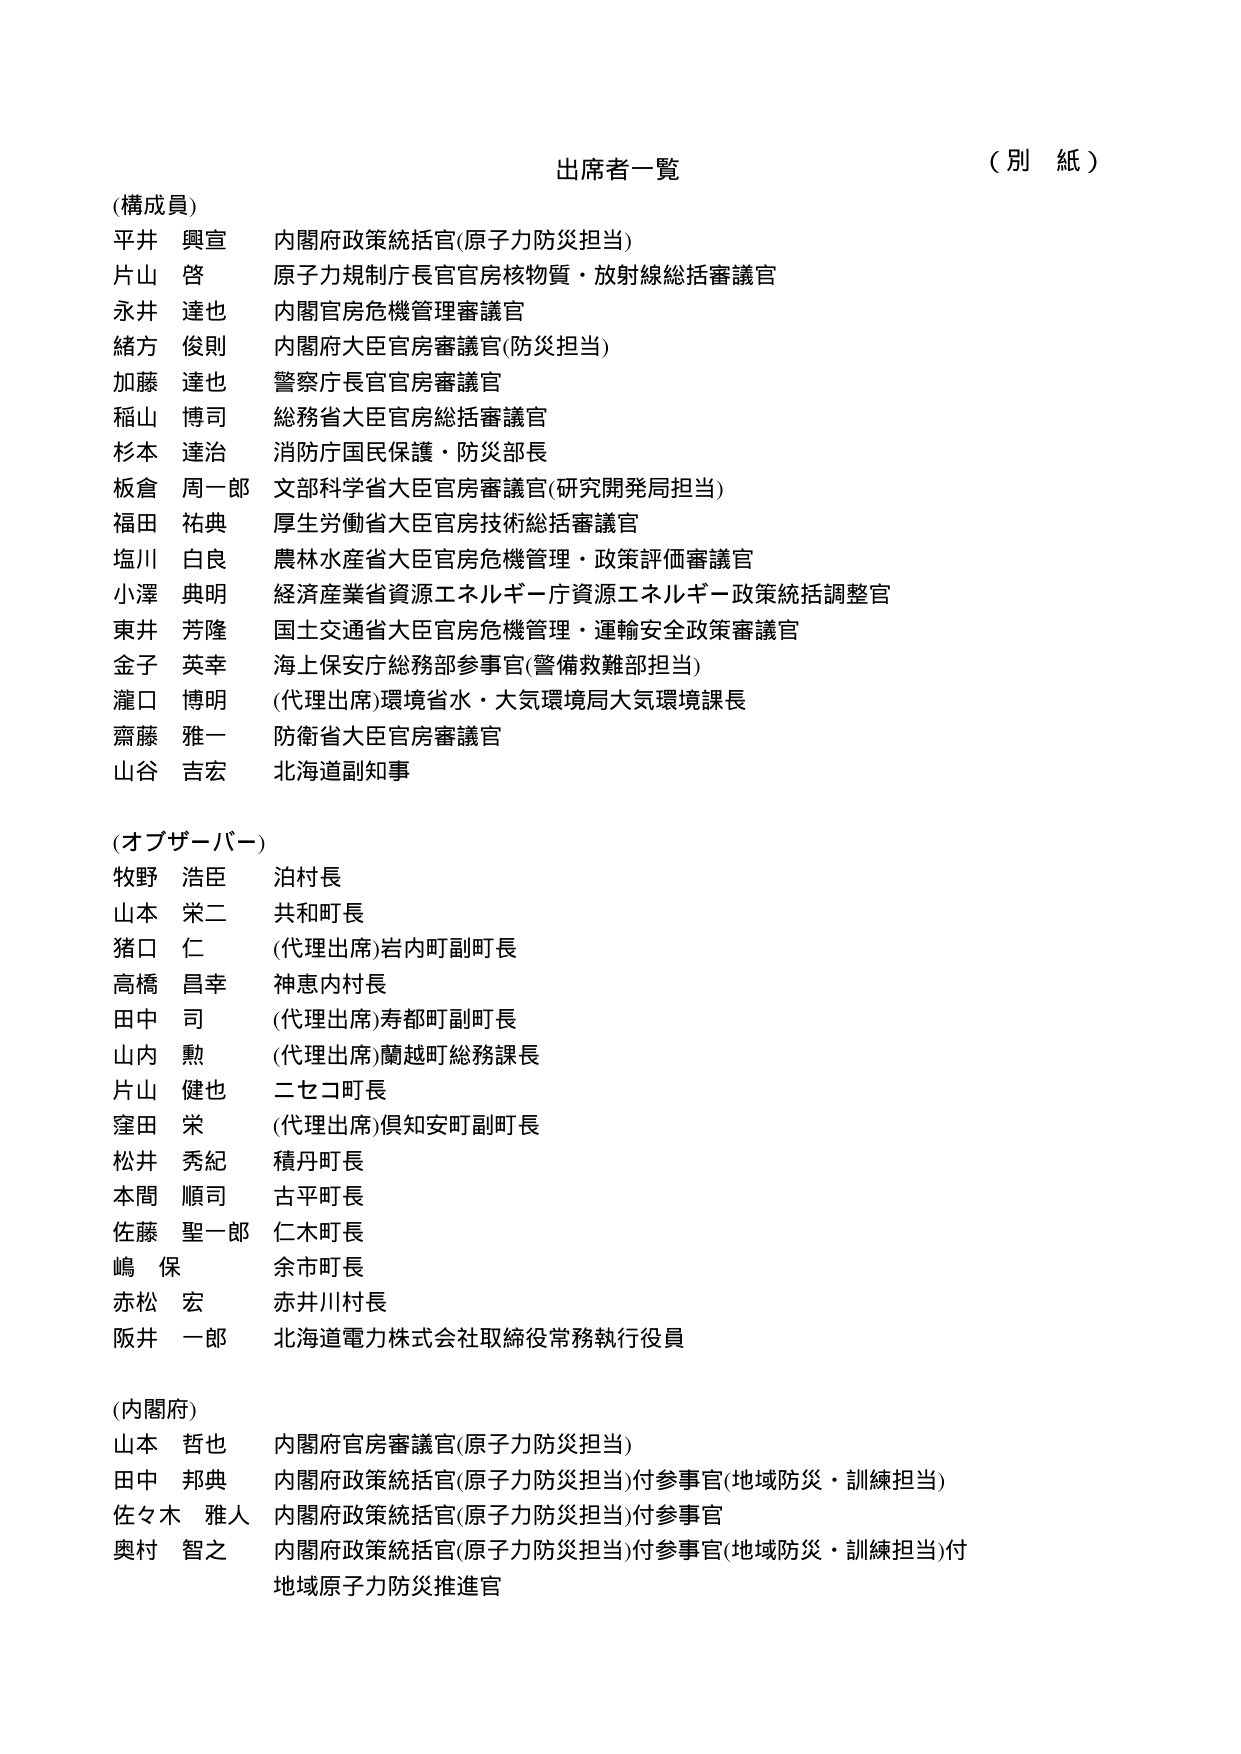
出席者一覧
（別紙）

（構成員）
平井 興宣 内閣府政策統括官(原子力防災担当)
片山 啓 原子力規制庁長官官房核物質・放射線総括審議官
永井 達也 内閣官房危機管理審議官
緒方 俊則 内閣府大臣官房審議官(防災担当)
加藤 達也 警察庁長官官房審議官
稲山 博司 総務省大臣官房総括審議官
杉本 達治 消防庁国民保護・防災部長
板倉 周一郎 文部科学省大臣官房審議官(研究開発局担当)
福田 祐典 厚生労働省大臣官房技術総括審議官
塩川 白良 農林水産省大臣官房危機管理・政策評価審議官
小澤 典明 経済産業省資源エネルギー庁資源エネルギー政策統括調整官
東井 芳隆 国土交通省大臣官房危機管理・運輸安全政策審議官
金子 英幸 海上保安庁総務部参事官(警備救難部担当)
瀧口 博明 (代理出席)環境省水・大気環境局大気環境課長
齋藤 雅一 防衛省大臣官房審議官
山谷 吉宏 北海道副知事

（オブザーバー）
牧野 浩臣 泊村長
山本 栄二 共和町長
猪口 仁 (代理出席)岩内町副町長
高橋 昌幸 神恵内村長
田中 司 (代理出席)寿都町副町長
山内 勲 (代理出席)蘭越町総務課長
片山 健也 二セコ町長
窪田 栄 (代理出席)倶知安町副町長
松井 秀紀 積丹町長
本間 順司 古平町長
佐藤 聖一郎 仁木町長
嶋 保 余市町長
赤松 宏 赤井川村長
阪井 一郎 北海道電力株式会社取締役常務執行役員

（内閣府）
山本 哲也 内閣府官房審議官(原子力防災担当)
田中 邦典 内閣府政策統括官(原子力防災担当)付参事官(地域防災・訓練担当)
佐々木 雅人 内閣府政策統括官(原子力防災担当)付参事官
奥村 智之 内閣府政策統括官(原子力防災担当)付参事官(地域防災・訓練担当)付
地域原子力防災推進官